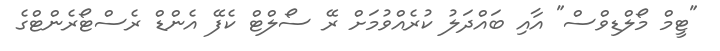
"ޓީމް މޯލްޑިވްސް" އާއި ބައްދަލު ކުރެއްވުމަށް ރޭ ސޯލްޓް ކެފޭ އެންޑް ރެސްޓޯރެންޓްގެ